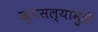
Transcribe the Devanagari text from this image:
खुपसल्यामुळे